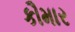
કૌમાર